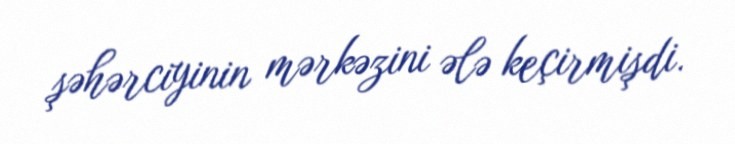
şəhərciyinin mərkəzini ələ keçirmişdi.